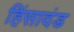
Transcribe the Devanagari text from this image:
हिंसादंड